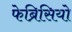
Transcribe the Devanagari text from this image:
फेब्रिसियो